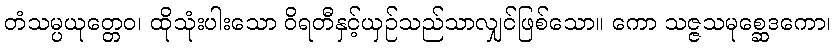
တံသမ္ပယုတ္တေဝ၊ ထိုသုံးပါးသော ဝိရတီနှင့်ယှဉ်သည်သာလျှင်ဖြစ်သော။ ကော သဇ္ဇသမုစ္ဆေဒကော၊